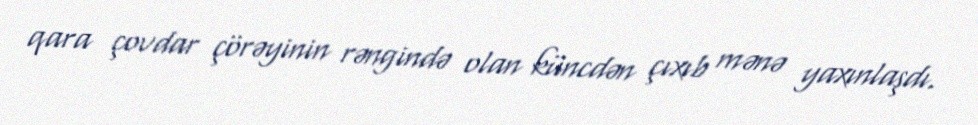
qara çovdar çörəyinin rəngində olan küncdən çıxıb mənə yaxınlaşdı.